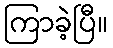
ကြာခဲ့ပြီ။